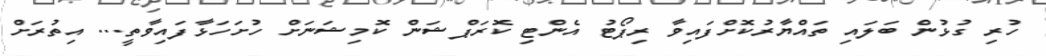
ހުރި ގުޅުން ބަލައި ތައްޔާރުކޮށްފައިވާ ރިޕޯޓު އެންޓި ކޮރަޕްޝަން ކޮމިޝަނަށް ހުށަހަޅާފައިވާތީ... އިތުރަށް